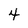
Character: 4